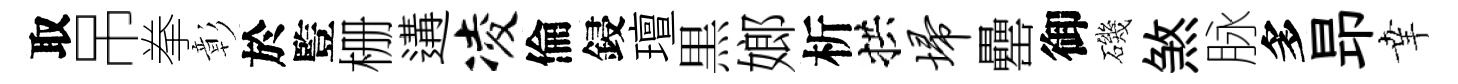
取吊拳彰於䜿栅遘凌倫鋟璮黒嫏析拱埽罍御磯煞脉多昻𦍒